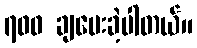
၇၀၀ ချပေးခဲ့ပါတယ်။